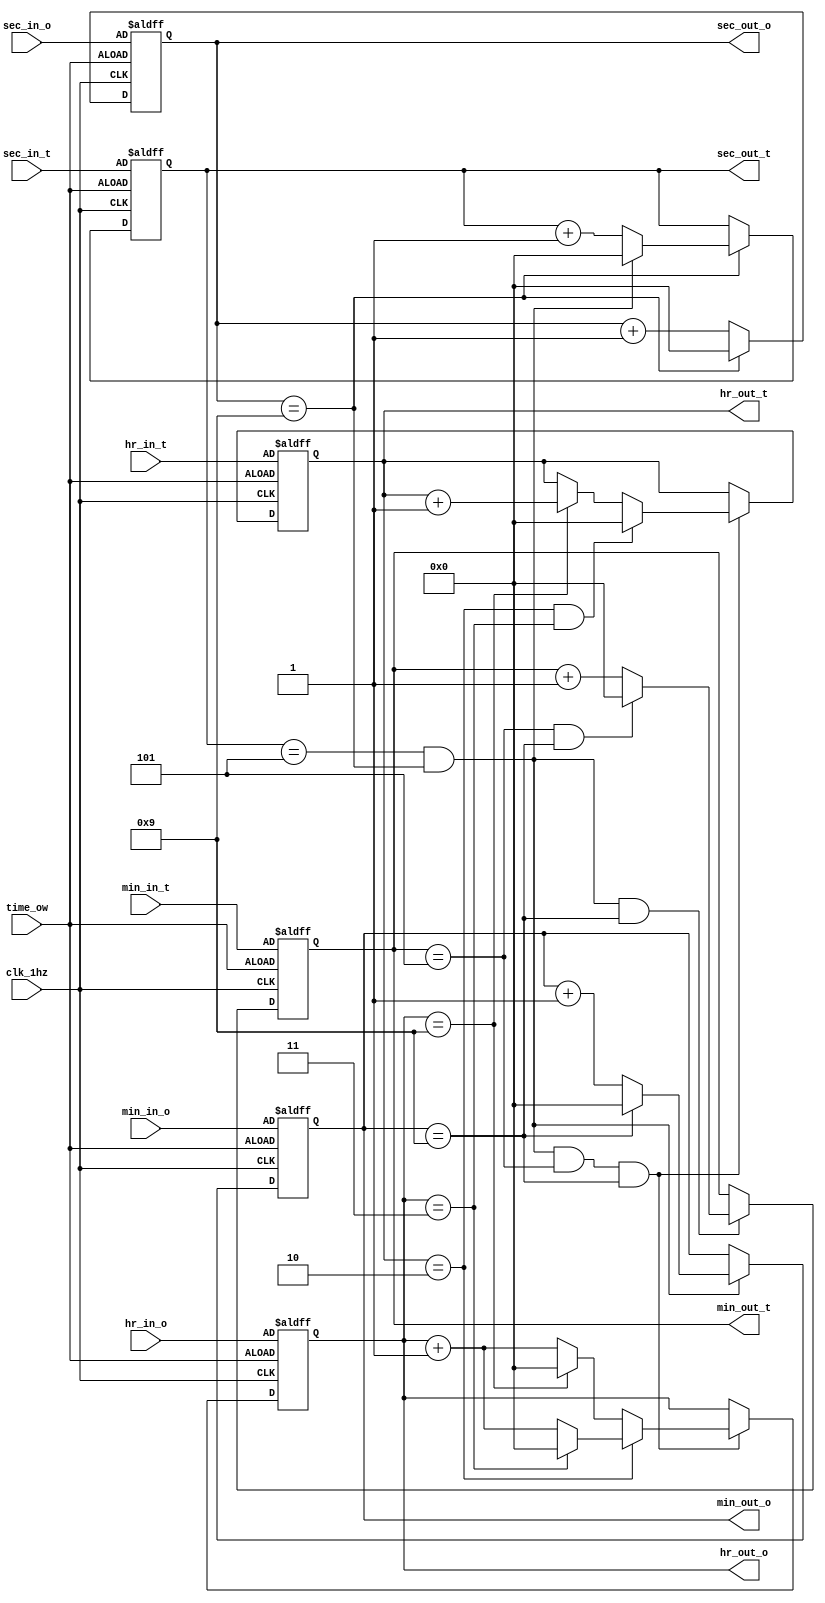
module clock(clk_1hz, 
            sec_in_o, sec_in_t, min_in_o, min_in_t, hr_in_o, hr_in_t, // Input
            sec_out_o, sec_out_t, min_out_o, min_out_t, hr_out_o, hr_out_t, // Output
            time_ow);

  input clk_1hz, time_ow; //1 Hz clock (clock), Time overwrite (asynchronous reset)

  // Clock Units
  input [3:0] sec_in_o, sec_in_t; // Seconds Ones and Tens
  input [3:0] min_in_o, min_in_t; // Minutes Ones and Tens
  input [3:0] hr_in_o, hr_in_t; // Hour Ones and Tens

  output reg [3:0] sec_out_o, sec_out_t; // Seconds Ones and Tens
  output reg [3:0] min_out_o, min_out_t; // Minutes Ones and Tens
  output reg [3:0] hr_out_o, hr_out_t; // Hour Ones and Tens

  // If Time Overwrite is enabled the input hour will be set to clock hour.

  //------------------------------------------------------------------------------------------------------------
  // Seconds  Counter[MOD 5, MOD 9]
  always@(posedge clk_1hz or posedge time_ow) // Unidades
    begin
      if(time_ow)
        begin
          sec_out_o <= sec_in_o;
        end
      else
        begin
          sec_out_o <= (sec_out_o == 4'd9) ? 4'd0 : (sec_out_o + 4'd1);
        end
    end

  always@(posedge clk_1hz or posedge time_ow) // Decenas
    begin
      if(time_ow)
        begin
          sec_out_t <= sec_in_t;
        end
      else
        begin
          if(sec_out_o == 4'd9)
            begin
              sec_out_t <= ( (sec_out_t == 4'd5) & (sec_out_o == 4'd9) ) ? 4'd0 : (sec_out_t + 4'd1);
            end
        end
    end

  //------------------------------------------------------------------------------------------------------------
  // Minutes Counter[MOD 5, MOD 9]
  always@(posedge clk_1hz or posedge time_ow) // Unidades
    begin
      if(time_ow)
        begin
          min_out_o <= min_in_o;
        end
      else
        begin
          if((sec_out_t == 4'd5) & (sec_out_o == 4'd9))
            begin
              min_out_o <= (min_out_o == 4'd9) ? 4'd0 : (min_out_o + 4'd1);
            end
        end
    end

  always@(posedge clk_1hz or posedge time_ow) // Decenas
    begin
      if(time_ow)
        begin
          min_out_t <= min_in_t;
        end
      else
        begin
          if((sec_out_t == 4'd5) & (sec_out_o == 4'd9) & (min_out_o == 4'd9))
            begin
              min_out_t <= ( (min_out_t == 4'd5) & (min_out_o == 4'd9) ) ? 4'd0 : (min_out_t + 4'd1);
            end
        end
    end

  // //------------------------------------------------------------------------------------------------------------
  // // Hours Counter[MOD 2, MOD 9]
    always@(posedge clk_1hz or posedge time_ow) // Unidades
    begin
      if(time_ow)
        begin
          hr_out_o <= hr_in_o;
        end
      else
        begin
          if( (sec_out_t == 4'd5) & (sec_out_o == 4'd9) & (min_out_t == 4'd5) & (min_out_o == 4'd9))
            begin
              if(hr_out_t == 4'd2)
                hr_out_o <= (hr_out_o == 4'd3) ? 4'd0 : (hr_out_o + 4'd1);
              else
                hr_out_o <= (hr_out_o == 4'd9) ? 4'd0 : (hr_out_o + 4'd1);
            end
        end
    end
    
    always@(posedge clk_1hz or posedge time_ow) // Decenas
    begin
      if(time_ow)
        begin
          hr_out_t <= hr_in_t;
        end
      else
        begin
          if( (sec_out_t == 4'd5) & (sec_out_o == 4'd9) & (min_out_t == 4'd5) & (min_out_o == 4'd9) ) 
            begin
              if((hr_out_t == 4'd2) & (hr_out_o == 4'd3))
                hr_out_t <= ( (hr_out_t == 4'd2) & (hr_out_o == 4'd3)) ? 4'd0 : (hr_out_t + 4'd1);
              else if((hr_out_o == 4'd9))
                hr_out_t <= hr_out_t + 4'd1;
            end
        end
    end

endmodule